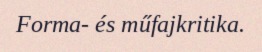
Forma- és műfajkritika.